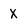
Character: X